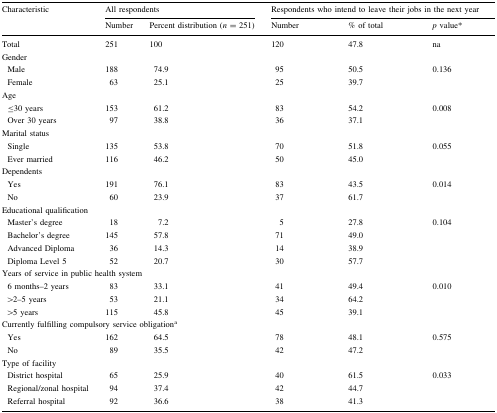
<table><thead><tr><td rowspan="2"><b>Characteristic</b></td><td colspan="2"><b>All respondents</b></td><td colspan="3"><b>Respondents who intend to leave their jobs in the next year</b></td></tr><tr><td><b>Number</b></td><td><b>Percent distribution (<i>n</i> = 251)</b></td><td><b>Number</b></td><td><b>% of total</b></td><td><b><i>p</i> value*</b></td></tr></thead><tbody><tr><td>Total</td><td>251</td><td>100</td><td>120</td><td>47.8</td><td>na</td></tr><tr><td colspan="6">Gender</td></tr><tr><td> Male</td><td>188</td><td>74.9</td><td>95</td><td>50.5</td><td>0.136</td></tr><tr><td> Female</td><td>63</td><td>25.1</td><td>25</td><td>39.7</td><td></td></tr><tr><td colspan="6">Age</td></tr><tr><td> ≤30 years</td><td>153</td><td>61.2</td><td>83</td><td>54.2</td><td>0.008</td></tr><tr><td> Over 30 years</td><td>97</td><td>38.8</td><td>36</td><td>37.1</td><td></td></tr><tr><td colspan="6">Marital status</td></tr><tr><td> Single</td><td>135</td><td>53.8</td><td>70</td><td>51.8</td><td>0.055</td></tr><tr><td> Ever married</td><td>116</td><td>46.2</td><td>50</td><td>45.0</td><td></td></tr><tr><td colspan="6">Dependents</td></tr><tr><td> Yes</td><td>191</td><td>76.1</td><td>83</td><td>43.5</td><td>0.014</td></tr><tr><td> No</td><td>60</td><td>23.9</td><td>37</td><td>61.7</td><td></td></tr><tr><td colspan="6">Educational qualification</td></tr><tr><td> Master’s degree</td><td>18</td><td>7.2</td><td>5</td><td>27.8</td><td>0.104</td></tr><tr><td> Bachelor’s degree</td><td>145</td><td>57.8</td><td>71</td><td>49.0</td><td></td></tr><tr><td> Advanced Diploma</td><td>36</td><td>14.3</td><td>14</td><td>38.9</td><td></td></tr><tr><td> Diploma Level 5</td><td>52</td><td>20.7</td><td>30</td><td>57.7</td><td></td></tr><tr><td colspan="6">Years of service in public health system</td></tr><tr><td> 6 months–2 years</td><td>83</td><td>33.1</td><td>41</td><td>49.4</td><td>0.010</td></tr><tr><td> &gt;2–5 years</td><td>53</td><td>21.1</td><td>34</td><td>64.2</td><td></td></tr><tr><td> &gt;5 years</td><td>115</td><td>45.8</td><td>45</td><td>39.1</td><td></td></tr><tr><td colspan="6">Currently fulfilling compulsory service obligation<sup>a</sup></td></tr><tr><td> Yes</td><td>162</td><td>64.5</td><td>78</td><td>48.1</td><td>0.575</td></tr><tr><td> No</td><td>89</td><td>35.5</td><td>42</td><td>47.2</td><td></td></tr><tr><td colspan="6">Type of facility</td></tr><tr><td> District hospital</td><td>65</td><td>25.9</td><td>40</td><td>61.5</td><td>0.033</td></tr><tr><td> Regional/zonal hospital</td><td>94</td><td>37.4</td><td>42</td><td>44.7</td><td></td></tr><tr><td> Referral hospital</td><td>92</td><td>36.6</td><td>38</td><td>41.3</td><td></td></tr></tbody></table>